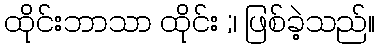
ထိုင်းဘာသာ ထိုင်း ;၊ ဖြစ်ခဲ့သည်။